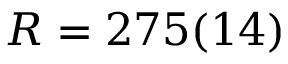
R = 2 7 5 ( 1 4 )